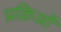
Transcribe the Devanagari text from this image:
प्रक्रिओं